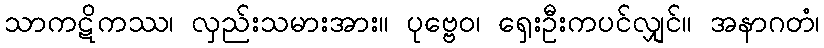
သာကဋိကဿ၊ လှည်းသမားအား။ ပုဗ္ဗေဝ၊ ရှေးဦးကပင်လျှင်။ အနာဂတံ၊